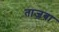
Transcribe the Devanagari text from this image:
ताजवा